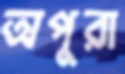
অপুরা